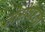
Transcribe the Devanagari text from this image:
ठोसेघरला